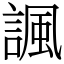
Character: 諷